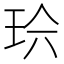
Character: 𱮹